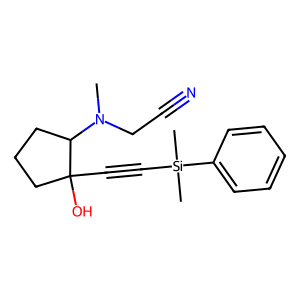
SMILES: CN(CC#N)C1CCCC1(O)C#C[Si](C)(C)c1ccccc1
Inhibits HIV replication: No